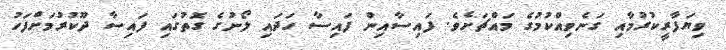
ވިޔަފާރީކުރުމާއި ގަނެވިއްކުމުގެ މައްޗަށެވެ. ފައިސާއިން ފައިސާ ހަދައި ލޯނުގެ ގޮތުގައި ފައިސާ ދޫކުރުމަށްފަހު